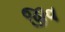
જીવ